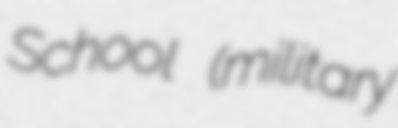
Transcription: School (military